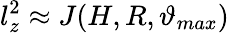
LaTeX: l_{z}^{2}\approx J(H,R,\vartheta_{max})